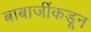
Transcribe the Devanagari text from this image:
बाबाजींकडून